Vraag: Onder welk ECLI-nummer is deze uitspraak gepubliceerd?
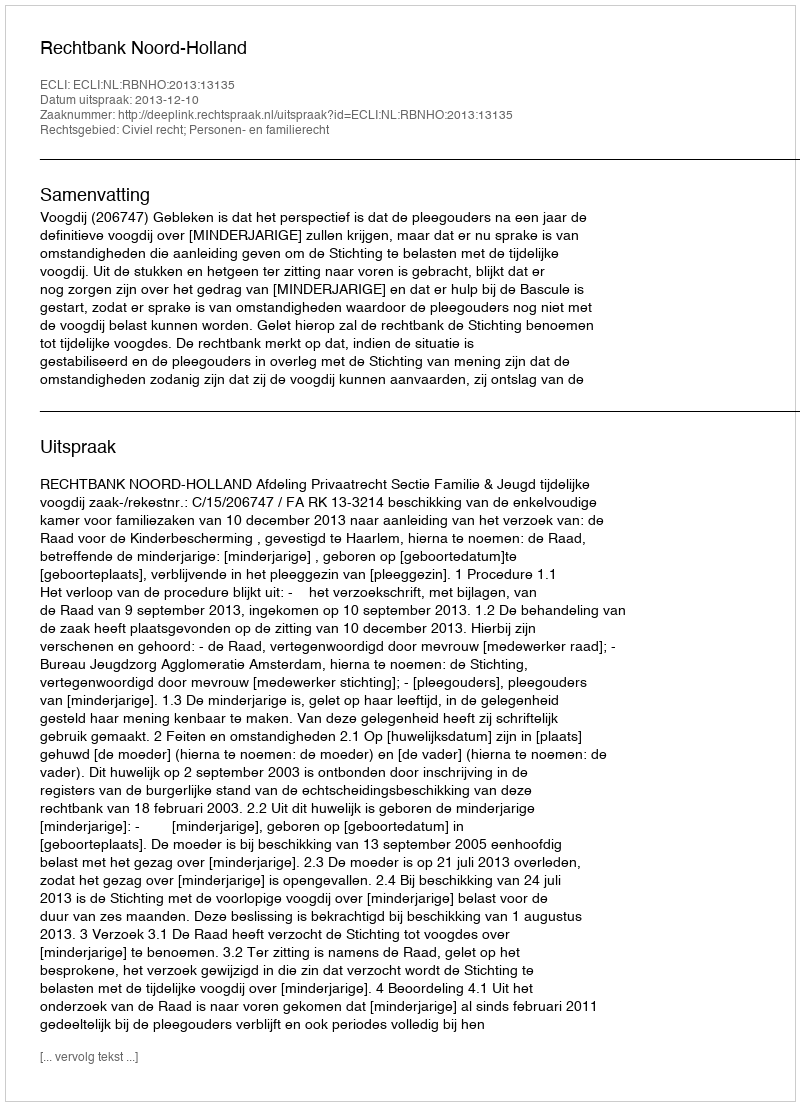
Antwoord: ECLI:NL:RBNHO:2013:13135